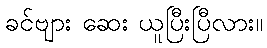
ခင်ဗျား ဆေး ယူပြီးပြီလား။